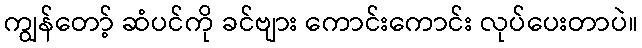
ကျွန်တော့် ဆံပင်ကို ခင်ဗျား ကောင်းကောင်း လုပ်ပေးတာပဲ။